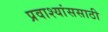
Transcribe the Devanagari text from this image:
प्रवाश्यांससाठी